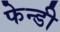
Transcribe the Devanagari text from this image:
फेन्डी